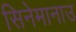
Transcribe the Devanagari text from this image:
सिनेमानाउ